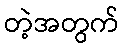
တဲ့အတွက်